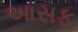
આસફ